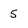
Character: 5